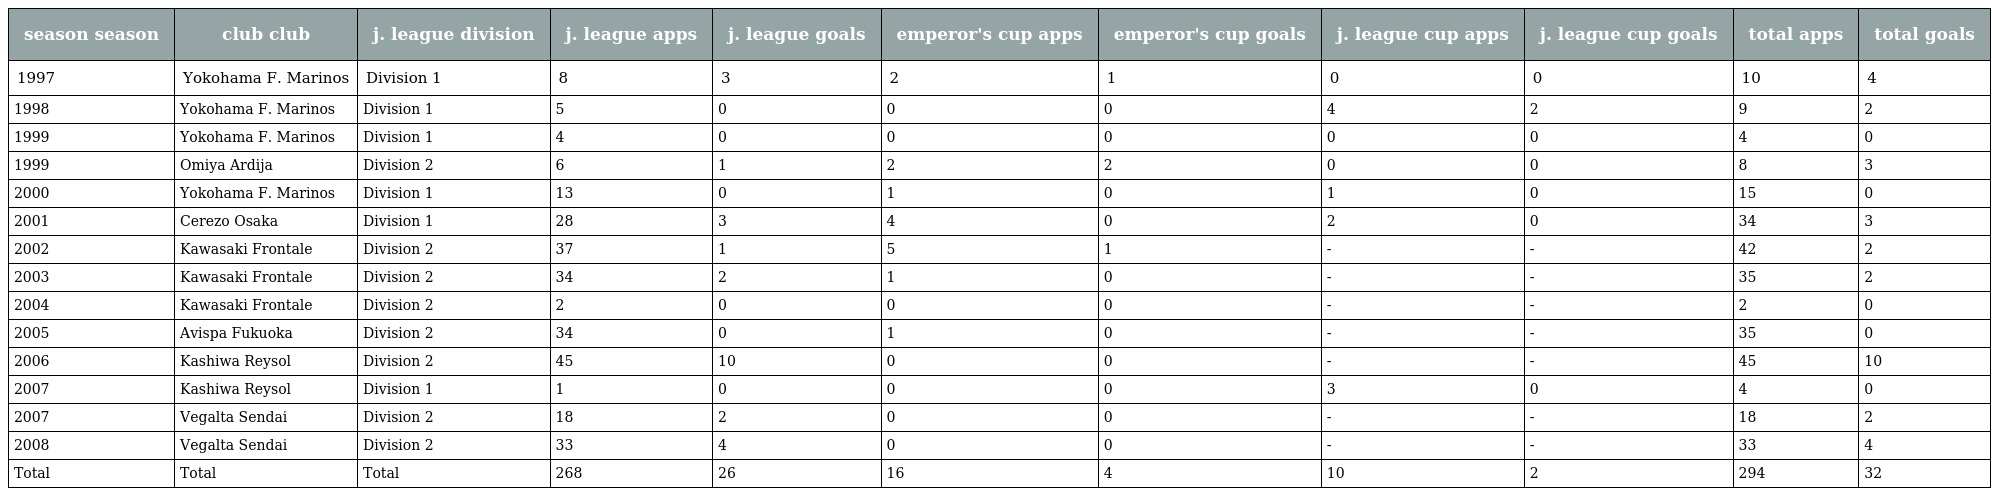
| season season | club club | j. league division | j. league apps | j. league goals | emperor's cup apps | emperor's cup goals | j. league cup apps | j. league cup goals | total apps | total goals |
 | --- | --- | --- | --- | --- | --- | --- | --- | --- | --- | --- |
 | 1997 | Yokohama F. Marinos | Division 1 | 8 | 3 | 2 | 1 | 0 | 0 | 10 | 4 |
 | 1998 | Yokohama F. Marinos | Division 1 | 5 | 0 | 0 | 0 | 4 | 2 | 9 | 2 |
 | 1999 | Yokohama F. Marinos | Division 1 | 4 | 0 | 0 | 0 | 0 | 0 | 4 | 0 |
 | 1999 | Omiya Ardija | Division 2 | 6 | 1 | 2 | 2 | 0 | 0 | 8 | 3 |
 | 2000 | Yokohama F. Marinos | Division 1 | 13 | 0 | 1 | 0 | 1 | 0 | 15 | 0 |
 | 2001 | Cerezo Osaka | Division 1 | 28 | 3 | 4 | 0 | 2 | 0 | 34 | 3 |
 | 2002 | Kawasaki Frontale | Division 2 | 37 | 1 | 5 | 1 | - | - | 42 | 2 |
 | 2003 | Kawasaki Frontale | Division 2 | 34 | 2 | 1 | 0 | - | - | 35 | 2 |
 | 2004 | Kawasaki Frontale | Division 2 | 2 | 0 | 0 | 0 | - | - | 2 | 0 |
 | 2005 | Avispa Fukuoka | Division 2 | 34 | 0 | 1 | 0 | - | - | 35 | 0 |
 | 2006 | Kashiwa Reysol | Division 2 | 45 | 10 | 0 | 0 | - | - | 45 | 10 |
 | 2007 | Kashiwa Reysol | Division 1 | 1 | 0 | 0 | 0 | 3 | 0 | 4 | 0 |
 | 2007 | Vegalta Sendai | Division 2 | 18 | 2 | 0 | 0 | - | - | 18 | 2 |
 | 2008 | Vegalta Sendai | Division 2 | 33 | 4 | 0 | 0 | - | - | 33 | 4 |
 | Total | Total | Total | 268 | 26 | 16 | 4 | 10 | 2 | 294 | 32 |